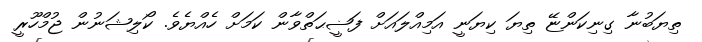
ތިޔަބުނާ ގިނިކަންޏޭ ތިޔަ ކިޔަނީ އަމިއްލައަށް ފަޟީޙަތްވާން ކަމަށް ހެއްޔެވެ. ކޯލިޝަނުން ޖުމްހޫރީ